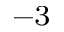
^ { - 3 }